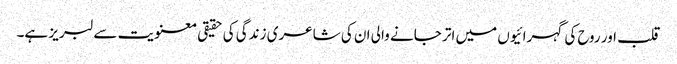
قلب اور روح کی گہرائیوں میں اتر جانے والی ان کی شاعری زندگی کی حقیقی معنویت سے لبریز ہے۔